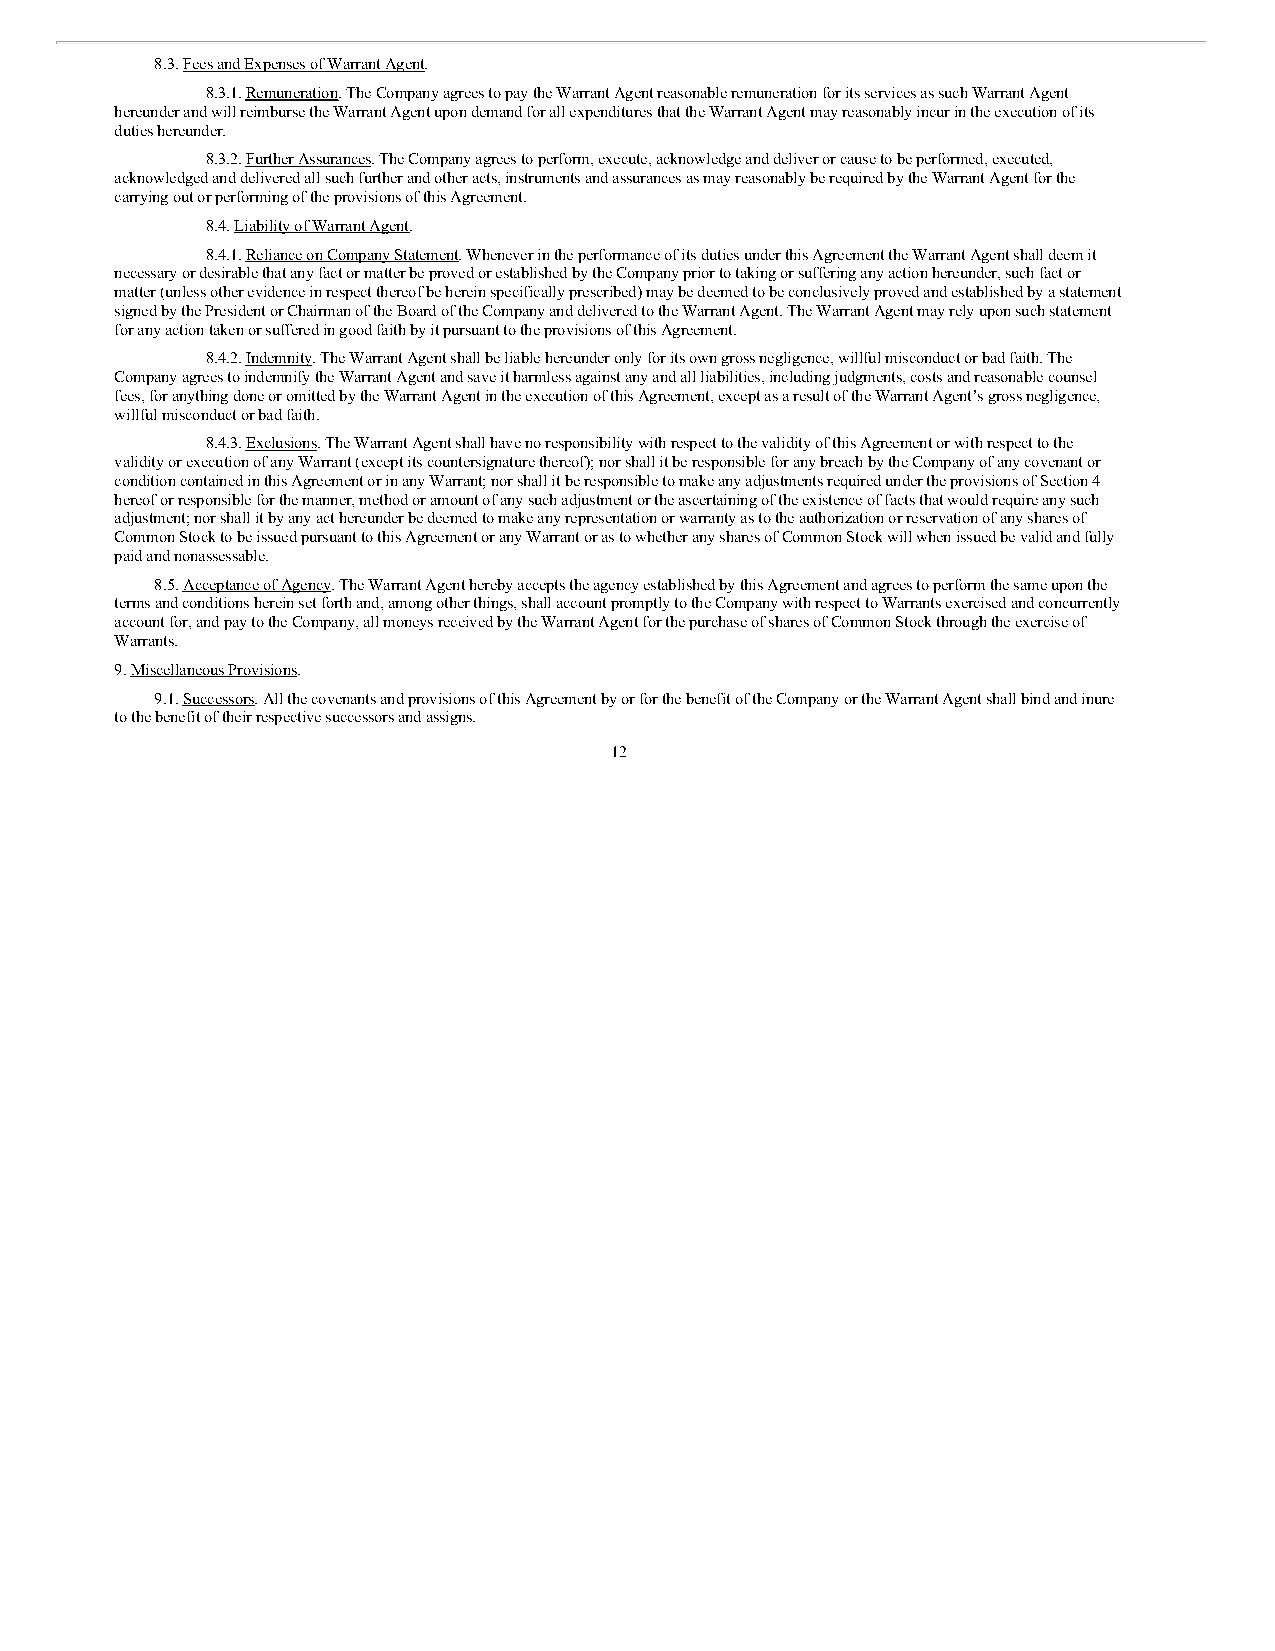
8.3. Fees and Expenses of Warrant Agent.
 8.3.1. Remuneration. The Company agrees to pay the Warrant Agent reasonable remuneration for its services as such Warrant Agent
 hereunder and will reimburse the Warrant Agent upon demand for all expenditures that the Warrant Agent may reasonably incur in the execution of its
 duties hereunder.
 8.3.2. Further Assurances. The Company agrees to perform, execute, acknowledge and deliver or cause to be performed, executed,
 acknowledged and delivered all such further and other acts, instruments and assurances as may reasonably be required by the Warrant Agent for the
 carrying out or performing of the provisions of this Agreement.
 8.4. Liability of Warrant Agent.
 8.4.1. Reliance on Company Statement. Whenever in the performance of its duties under this Agreement the Warrant Agent shall deem it
 necessary or desirable that any fact or matter be proved or established by the Company prior to taking or suffering any action hereunder, such fact or
 matter (unless other evidence in respect thereof be herein specifically prescribed) may be deemed to be conclusively proved and established by a statement
 signed by the President or Chairman of the Board of the Company and delivered to the Warrant Agent. The Warrant Agent may rely upon such statement
 for any action taken or suffered in good faith by it pursuant to the provisions of this Agreement.
 8.4.2. Indemnity. The Warrant Agent shall be liable hereunder only for its own gross negligence, willful misconduct or bad faith. The
 Company agrees to indemnify the Warrant Agent and save it harmless against any and all liabilities, including judgments, costs and reasonable counsel
 fees, for anything done or omitted by the Warrant Agent in the execution of this Agreement, except as a result of the Warrant Agent’s gross negligence,
 willful misconduct or bad faith.
 8.4.3. Exclusions. The Warrant Agent shall have no responsibility with respect to the validity of this Agreement or with respect to the
 validity or execution of any Warrant (except its countersignature thereof); nor shall it be responsible for any breach by the Company of any covenant or
 condition contained in this Agreement or in any Warrant; nor shall it be responsible to make any adjustments required under the provisions of Section 4
 hereof or responsible for the manner, method or amount of any such adjustment or the ascertaining of the existence of facts that would require any such
 adjustment; nor shall it by any act hereunder be deemed to make any representation or warranty as to the authorization or reservation of any shares of
 Common Stock to be issued pursuant to this Agreement or any Warrant or as to whether any shares of Common Stock will when issued be valid and fully
 paid and nonassessable.
 8.5. Acceptance of Agency. The Warrant Agent hereby accepts the agency established by this Agreement and agrees to perform the same upon the
 terms and conditions herein set forth and, among other things, shall account promptly to the Company with respect to Warrants exercised and concurrently
 account for, and pay to the Company, all moneys received by the Warrant Agent for the purchase of shares of Common Stock through the exercise of
 Warrants.
 9. Miscellaneous Provisions.
 9.1. Successors. All the covenants and provisions of this Agreement by or for the benefit of the Company or the Warrant Agent shall bind and inure
 to the benefit of their respective successors and assigns.
 12